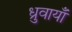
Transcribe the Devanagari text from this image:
ध्रुवायाँ